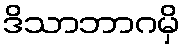
ဒိသာဘာဂမှိ